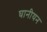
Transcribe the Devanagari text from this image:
घानीयन